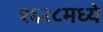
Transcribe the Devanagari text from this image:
१६२८मध्ये